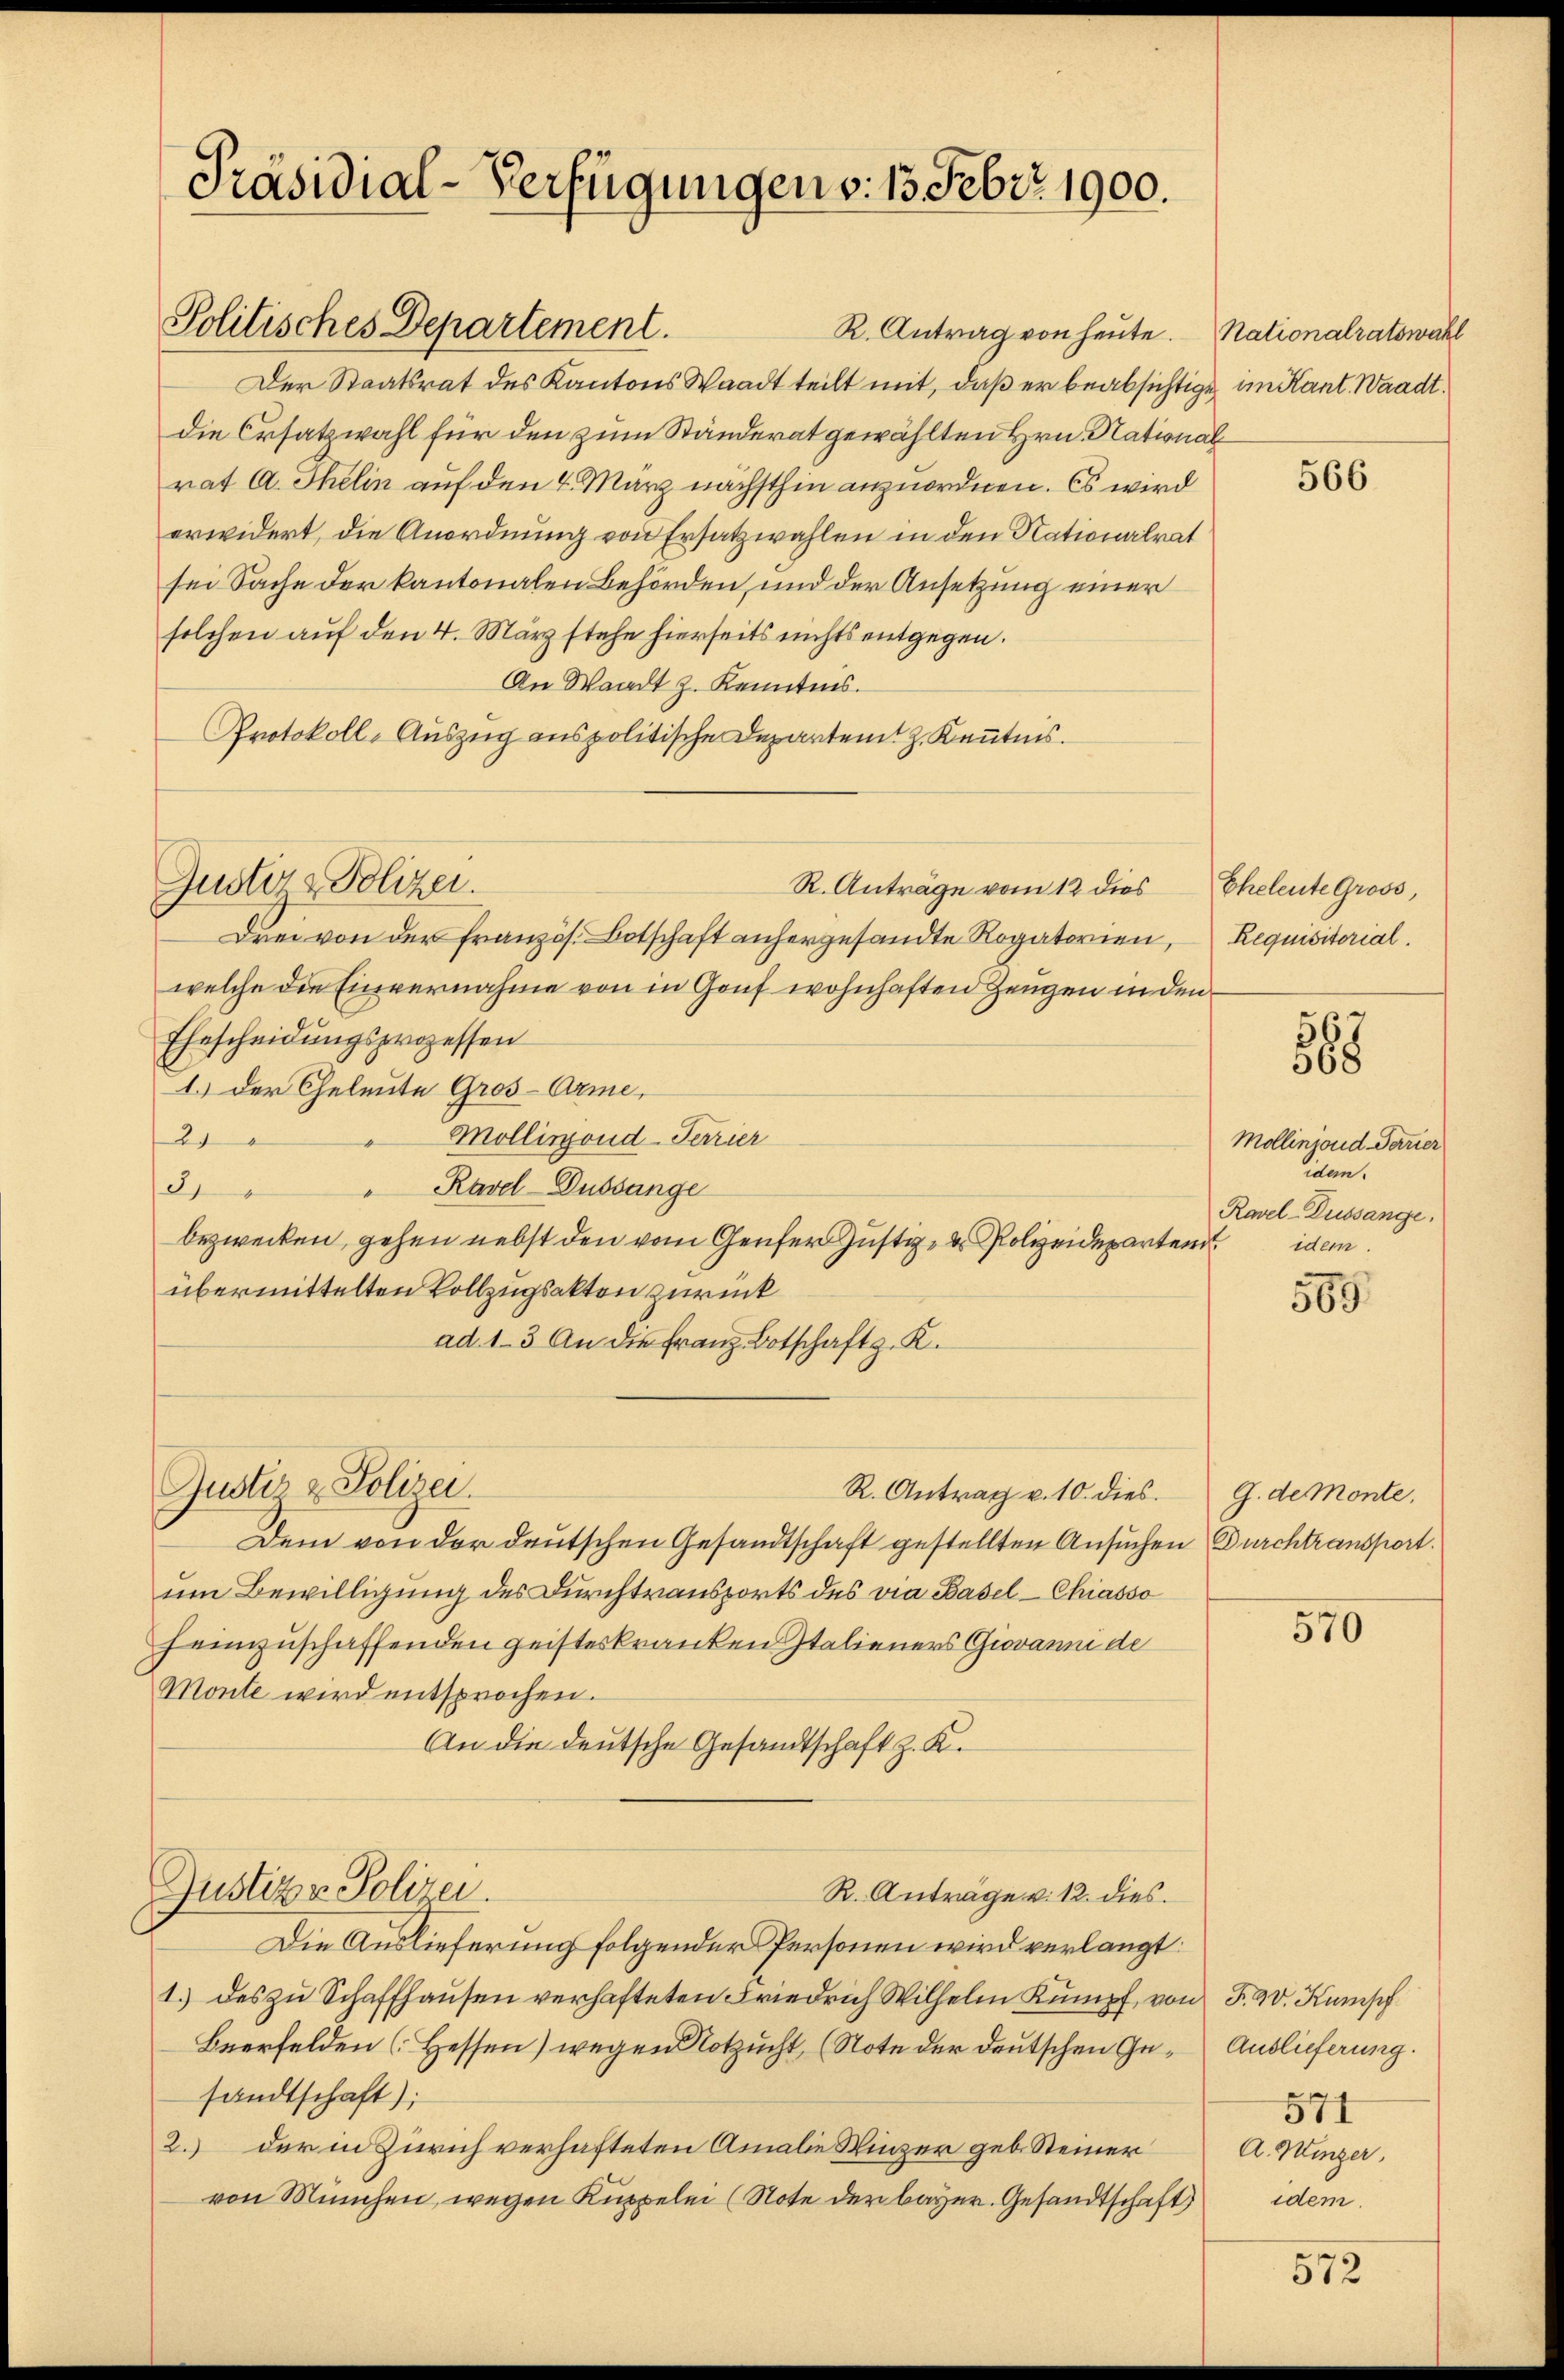
Präsidial-Verfügungen v. 13. Febr. 1900.

Politisches Departement.

R. Antrag von heute.
Der Staatsrat des Kantons Waadt teilt mit, daß er beabsichtige im Kant. Waadt,
die Ersatzwahl für den zum Ständerat gewählten Hrn. Stational
rat A. Thelin auf den 4. März nächsthin anzuordnen. Es wird
erwidert, die Anordnung von Ersatzwahlen in den Nationalrat
sei Sache der kantonalen Behörden, und der Ansetzung einer
solchen auf den 4. März stehe hierseits nichts entgegen.
An Waadt z. Kenntnis.
Protokoll-Auszug aus politische Departent z. Kenntnis.
Drei von der französ. Botschaft anhergesandte Rogatorien,
welche die Einvernahme von in Gouf wohnhaften Zeugen in den
Ehescheidŭngsprozessen
1.) Der Eheleute Gros-Arme,
Mollinoud-Terrier
2
Kavel-Dussunge
121
bezwecken, gehen nebst den vom Genfer Justiz, der Polizeideparten
übermittelten Vollzugsakten zurück
ad. 13 An die Franz Botschaft z. K.
Justiz & Polizei.
R. Antrag v. 10. dies
Dem von der deutschen Gesandtschaft gestellten Ansuchen Durchtransport
um Bewilligung des Durchtransports des via Basel-Chiasso
heimzuschaffenden geisteskranken Italieners Giovanni de
Monte wird entsprochen.
An die deutsche Gesandtschaft z. K.
Justiz & Polizei.
R. Anträge v. 12. dies
Die Auslieferung folgender Personen wird verlangt:
1.) des zu Schaffhausen verhafteten Friedrich Wilhelm Kumpf, von F. v. Kumpf
Beerfelden [Hessen) wegen Notzucht, (Note der deutschen Ge- Auslieferung.
sandtschaft);
2.) der in Zürich verhafteten Amalie Winzer geb. Steiner A. Minzer,
von München, wegen Kuppelei (Note der bayer. Gesandtschaft)

Justiz & Polizei.

R. Anträge vom 12 dies

Nationalratswahl

566

Eheleute Gross,
Requisitorial.

588

Mollinjond-Terrier
idem.
Ravel-Dussange.
idem.

565

G. de Monte,

570

571
idem.

572